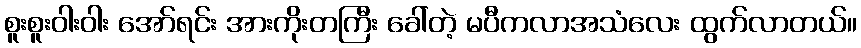
စူးစူးဝါးဝါး အော်ရင်း အားကိုးတကြီး ခေါ်တဲ့ မပီကလာအသံလေး ထွက်လာတယ်။